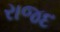
રાજદ